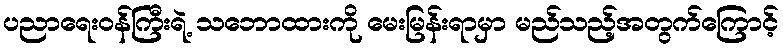
ပညာရေးဝန်ကြီးရဲ့ သဘောထားကို မေးမြန်းရာမှာ မည်သည့်အတွက်ကြောင့်